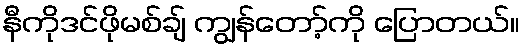
နီကိုဒင်ဖိုမစ်ချ် ကျွန်တော့်ကို ပြောတယ်။